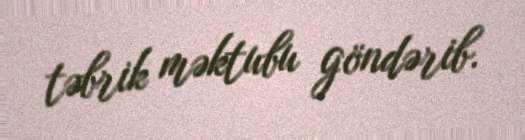
təbrik məktubu göndərib.